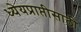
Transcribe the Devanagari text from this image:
ध्येयप्राप्तीसाठी